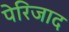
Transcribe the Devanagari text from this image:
पेरिजाद